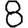
Digit: 8